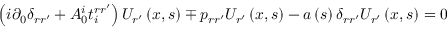
\left( i \partial _ { 0 } \delta _ { r r ^ { \prime } } + A _ { 0 } ^ { i } t _ { i } ^ { r r ^ { \prime } } \right) U _ { r ^ { \prime } } \left( x , s \right) \mp p _ { r r ^ { \prime } } U _ { r ^ { \prime } } \left( x , s \right) - a \left( s \right) \delta _ { r r ^ { \prime } } U _ { r ^ { \prime } } \left( x , s \right) = 0